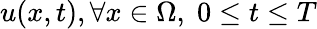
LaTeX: u(x,t),\forall x\in\Omega,\; 0\leq t\leq T